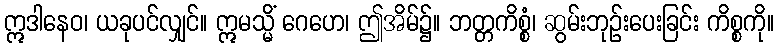
ဣဒါနေဝ၊ ယခုပင်လျှင်။ ဣမသ္မိံ ဂေဟေ၊ ဤအိမ်၌။ ဘတ္တကိစ္စံ၊ ဆွမ်းဘုဉ်းပေးခြင်း ကိစ္စကို။